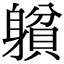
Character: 𨉺